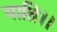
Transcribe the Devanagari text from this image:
याति।।